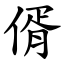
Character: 偦